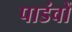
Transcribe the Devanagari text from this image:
पाडंवों